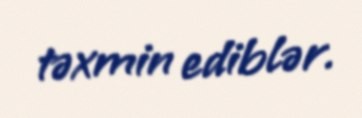
təxmin ediblər.